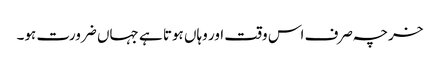
خرچہ صرف اس وقت اور وہاں ہوتا ہے جہاں ضرورت ہو۔